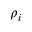
\rho _ { i }